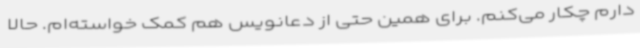
دارم چکار می‌کنم. برای همین حتی از دعانویس هم کمک خواسته‌ام. حالا